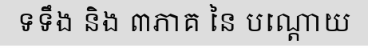
ទទឹង និង ៣ភាគ នៃ បណ្តោយ